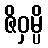
ဇိဝှမ္ပိ